Annual report on the Civil Veterinary Department, Burma (including the Insein Veterinary School) - 1923-1931
Year: 1923
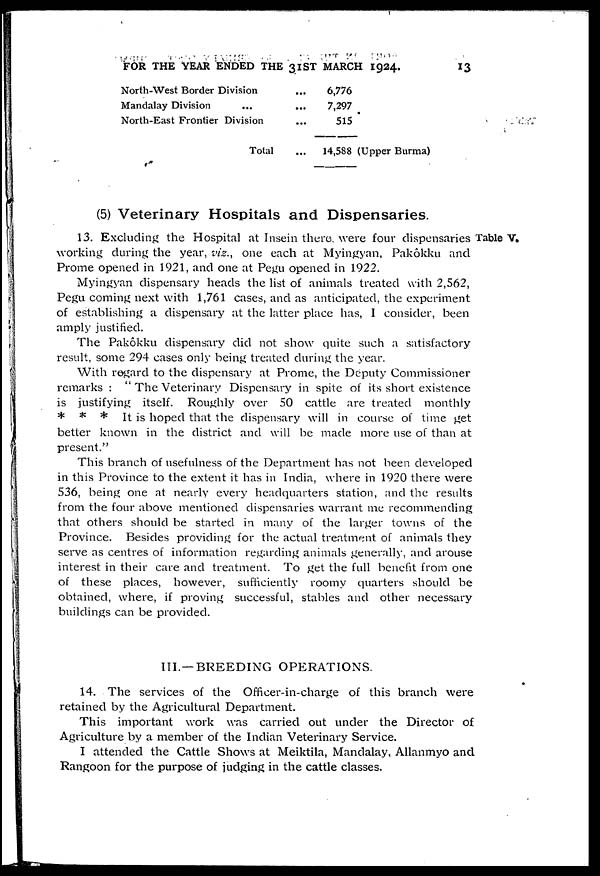
FOR THE YEAR ENDED THE 31ST MARCH 1924.
13
North-West Border Division ...
Mandalay Division ... ...
North-East Frontier Division ...
Total
6,776
7,297
515
14,588 (Upper Burma)
(5) Veterinary Hospitals and Dispensaries.
Table V.
13. Excluding the Hospital at Insein there, were four dispensaries
working during the year, viz., one each at Myingyan, Pakôkku and
Prome opened in 1921, and one at Pegu opened in 1922.
Myingyan dispensary heads the list of animals treated with 2,562,
Pegu coming next with 1,761 cases, and as anticipated, the experiment
of establishing a dispensary at the latter place has, I consider, been
amply justified.
The Pakôkku dispensary did not show quite such a satisfactory
result, some 294 cases only being treated during the year.
With regard to the dispensary at Prome, the Deputy Commissioner
remarks : " The Veterinary Dispensary in spite of its short existence
is justifying itself. Roughly over 50 cattle are treated monthly
* * * It is hoped that the dispensary will in course of time get
better known in the district and will be made more use of than at
present."
This branch of usefulness of the Department has not been developed
in this Province to the extent it has in India, where in 1920 there were
536, being one at nearly every headquarters station, and the results
from the four above mentioned dispensaries warrant me recommending
that others should be started in many of the larger towns of the
Province. Besides providing for the actual treatment of animals they
serve as centres of information regarding animals generally, and arouse
interest in their care and treatment. To get the full benefit from one
of these places, however, sufficiently roomy quarters should be
obtained, where, if proving successful, stables and other necessary
buildings can be provided.
III.—BREEDING OPERATIONS.
14. The services of the Officer-in-charge of this branch were
retained by the Agricultural Department.
This important work was carried out under the Director of
Agriculture by a member of the Indian Veterinary Service.
I attended the Cattle Shows at Meiktila, Mandalay, Allanmyo and
Rangoon for the purpose of judging in the cattle classes.